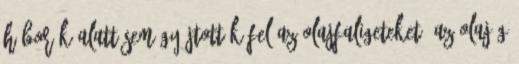
háborúk alatt sem gyújtották fel az olajfaligeteket. Az olajág